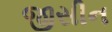
જીસીન